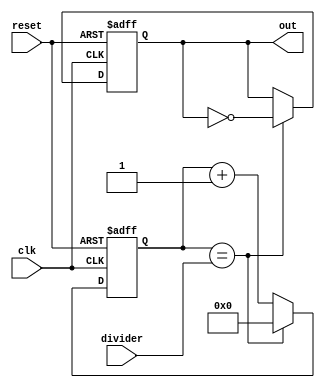
module divider
   (
    //Input clock
    input wire 	     clk,
    //Sets the output clock divider, notice changing this without reseting will potentially create a glitch
    input wire [0:7] divider,
    //Module reset triggers on a rising edge, and keeps reseting while high
    input wire 	     reset, 

    //The output frequency = (clk/2)/(divider+1)
    output reg 	     out
    );

   reg [0:7] 	     counter;
 		     

   always @(posedge clk or posedge reset) begin;
      if (reset) begin
	 counter <= 0;
	 out <= 0;
      end
      else begin
	 if (counter == divider ) begin
	    counter <= 0;
	    out = ~out;
	 end
	 else begin    
	    counter++;
	 end
      end
   end
     
endmodule // divider